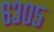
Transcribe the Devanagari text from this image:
६३०५